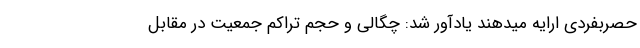
حصربفردی ارایه میدهند یادآور شد: چگالی و حجم تراکم جمعیت در مقابل